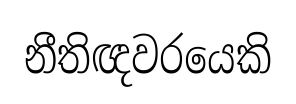
නීතිඥවරයෙකි